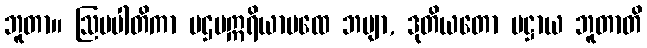
ဘူတာ။ ဩပပါတိကာ ပဌမဣရိယာပထေ ဘဗျာ, ဒုတိယတော ပဋ္ဌာယ ဘူတာတိ